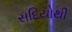
સદિયોથી